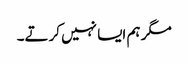
مگر ہم ایسا نہیں کرتے۔